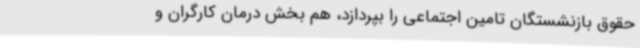
حقوق بازنشستگان تامین اجتماعی را بپردازد، هم بخش درمان کارگران و